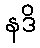
နဒိ